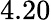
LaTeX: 4.20